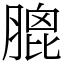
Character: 膍